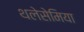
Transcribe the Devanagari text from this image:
थलेसेमिया